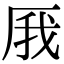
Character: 𠩙